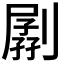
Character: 𠟉